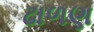
ઢાળણ